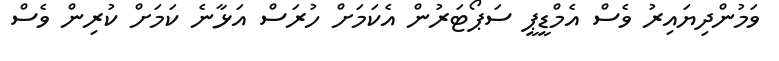
ވަމުންދިޔައިރު ވެސް އެމްޑީޕީ ސަޕޯޓަރުން އެކަމަށް ހުރަސް އަޅާނެ ކަމަށް ކުރިން ވެސް